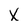
Character: X